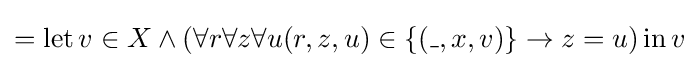
=\operatorname {let} v\in X\land (\forall r\forall z\forall u(r,z,u)\in \{(\_,x,v)\}\to z=u)\operatorname {in} v